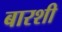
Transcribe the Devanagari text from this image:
बारशी